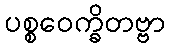
ပစ္စဝေက္ခိတဗ္ဗာ